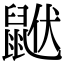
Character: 𪕟